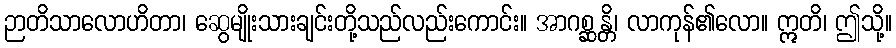
ဉာတိသာလောဟိတာ၊ ဆွေမျိုးသားချင်းတို့သည်လည်းကောင်း။ အာဂစ္ဆန္တိ၊ လာကုန်၏လော။ ဣတိ၊ ဤသို့။